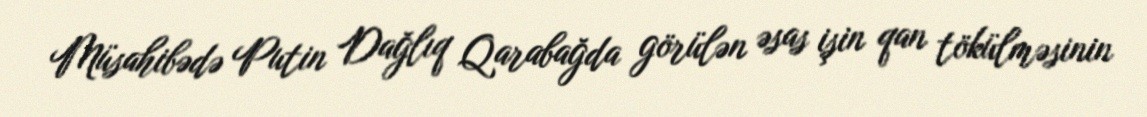
Müsahibədə Putin Dağlıq Qarabağda görülən əsas işin qan tökülməsinin